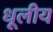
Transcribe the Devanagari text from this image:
धूलीय